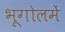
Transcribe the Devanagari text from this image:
भूगोलमें